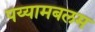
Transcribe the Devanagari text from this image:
पय्यामबलम